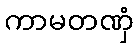
ကာမတဏှံ